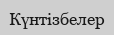
Күнтізбелер